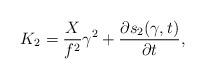
LaTeX: \begin{align*}K_{2}=\frac{X }{f^{2} }\gamma^{2}+\frac{\partial s_{2}(\gamma,t)}{\partial t},\end{align*}